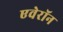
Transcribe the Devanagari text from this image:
एवेरॉन